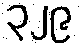
၃၂၉